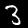
Label: 3